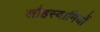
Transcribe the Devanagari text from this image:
लौहस्वामियों